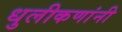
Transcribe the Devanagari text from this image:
धुलीकणांनी